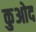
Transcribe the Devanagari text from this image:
कुओद